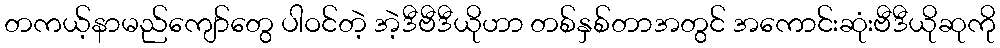
တကယ့်နာမည်ကျော်တွေ ပါဝင်တဲ့ အဲ့ဒီဗီဒီယိုဟာ တစ်နှစ်တာအတွင် အကောင်းဆုံးဗီဒီယိုဆုကို